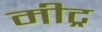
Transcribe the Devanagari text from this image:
मीट्र